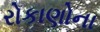
રોકાણોના